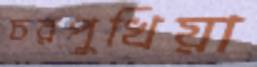
চরপুখিয়া